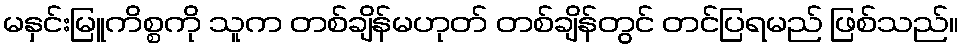
မနှင်းမြူကိစ္စကို သူက တစ်ချိန်မဟုတ် တစ်ချိန်တွင် တင်ပြရမည် ဖြစ်သည်။